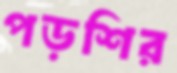
পড়শির